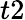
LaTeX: t2